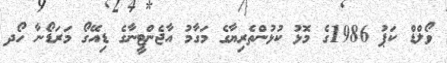
ވޯލްޑް ކަޕު 1986ގެ މޮޅު ކުޅުންތެރިޔާގެ މަގާމު އާޖެންޓީނާގެ ޑިއޭގޯ މަރަޑޯނާ ހޯދ